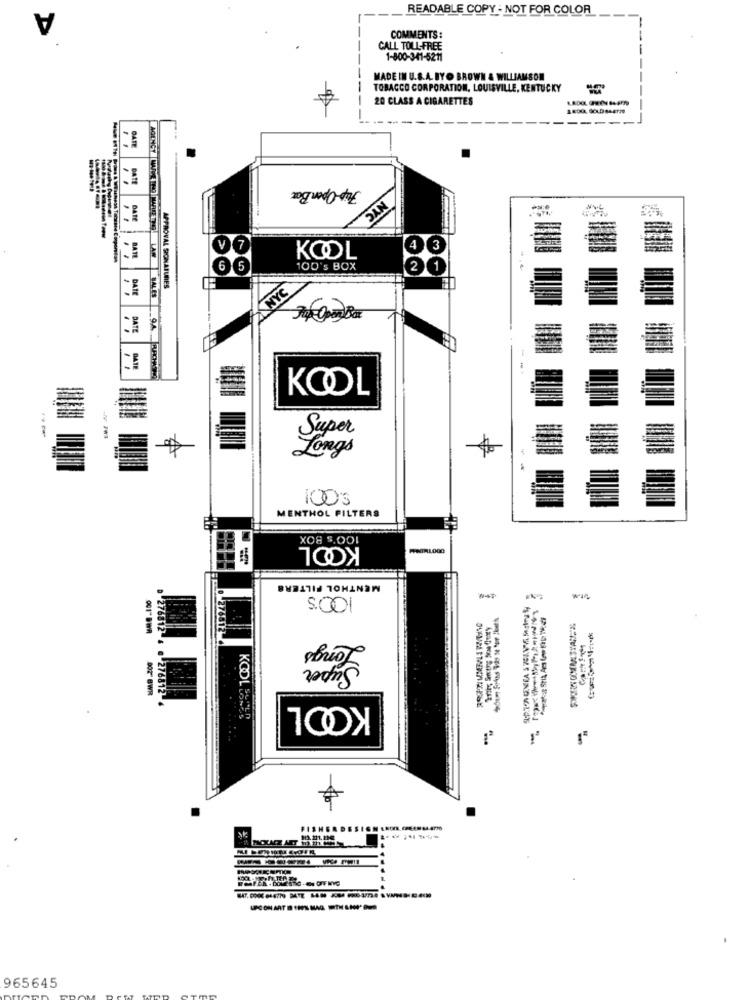
A
READABLE COPY - NOT FOR COLOR
COMMENTS:
CALL TOLL-FREE
1-800-341-5211
MADE IN U.S.A. BYO BROWN & WILLIAMSON
TOBACCO CORPORATION, LOUISVILLE, KENTUCKY
20 CLASS A CIGARETTES
---
DATE
..
DATE
Fuip-Open Box
SAN
DATE
V
7
4
3
..
KOOL
6
5
100's BOX
~
APPROVAL SIONATURES
DATE
PAN Y
DATE
9.4
DATE
KOOL
Super
Long's
10OS
MENTHOL FILTERS
xo8 $.DOI
KOOL
MENTHOL FILTERS
S. 001
001BWA
Super
002 BWR
276812 : 0 276812
KOOL
KODLESTER
FISHEL
965645